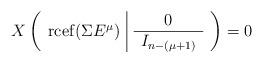
LaTeX: \begin{align*}X \left( \begin{array}{c|c}\operatorname{rcef}(\Sigma E^\mu) &\begin{array}{c}0 \\ \hline I_{n-(\mu+1)}\end{array}\end{array}\right) = 0\end{align*}